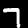
Digit: 7